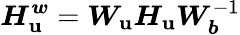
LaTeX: \boldsymbol{H_{\mathbf{u}}^{w}}=\boldsymbol{W_{\mathbf{u}}}\boldsymbol{H_{\mathbf{u}}}\boldsymbol{W}_{\boldsymbol{b}}^{-1}